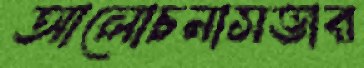
আলোচনাসভার